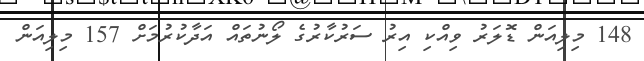
148 މިލިއަން ޑޮލަރު ވިއްކި އިރު ސަރުކާރުގެ ލޯނުތައް އަދާކުރުމަށް 157 މިލިއަން